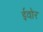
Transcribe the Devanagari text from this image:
ईवोर